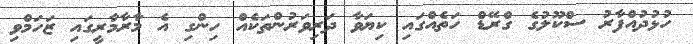
ހުޅުދުއްފާރު ސްކޫލުގެ ގްރޭޑް ހަތެއްގައި ކިޔަވާ ދަރިވަރުންތަކެއް ހިންގި އެ މާރާމާރީގައި ޒަހަމްވި